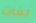
لغات